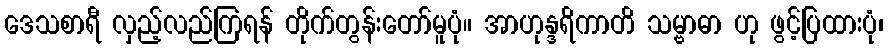
ဒေသစာရီ လှည့်လည်ကြရန် တိုက်တွန်းတော်မူပုံ။ အာဟုန္ဒရိကာတိ သမ္ဗာဓာ ဟု ဖွင့်ပြထားပုံ၊